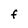
Character: F